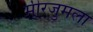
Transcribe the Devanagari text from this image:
मीरजुमला